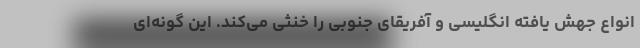
انواع جهش یافته انگلیسی و آفریقای جنوبی را خنثی می‌کند. این گونه‌ای